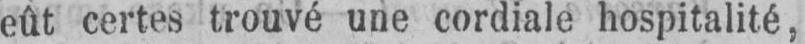
eût certes trouvé une cordiale hospitalité,